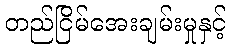
တည်ငြိမ်အေးချမ်းမှုနှင့်